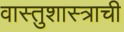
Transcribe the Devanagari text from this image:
वास्तुशास्त्राची